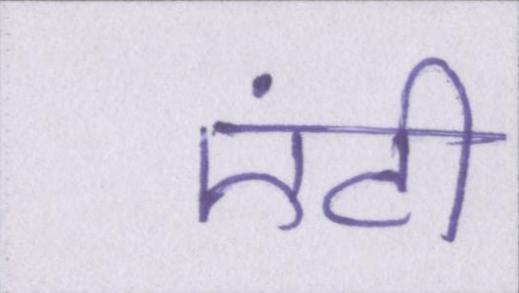
एंटी